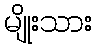
မျိုးသား